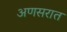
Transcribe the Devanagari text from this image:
अणसरात